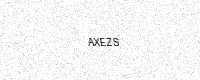
Text: AXEZS